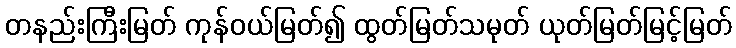
တနည်းကြီးမြတ် ကုန်ဝယ်မြတ်၍ ထွတ်မြတ်သမုတ် ယုတ်မြတ်မြင့်မြတ်